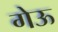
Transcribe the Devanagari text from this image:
गेऊ